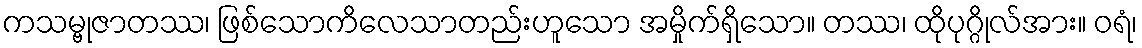
ကသမ္ဗုဇာတဿ၊ ဖြစ်သောကိလေသာတည်းဟူသော အမှိုက်ရှိသော။ တဿ၊ ထိုပုဂ္ဂိုလ်အား။ ဝရံ၊